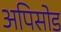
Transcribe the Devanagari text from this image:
अपिसोड